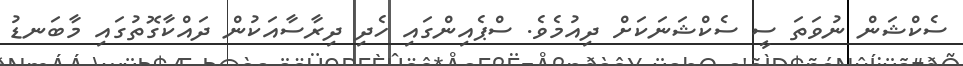
ސެކްޝަން ނުވަތަ ސީ ސެކްޝަނަކަށް ދިއުމެވެ. ސްޕެއިންގައި ހެދި ދިރާސާއަކުން ދައްކާގޮތުގައި މާބަނޑު